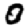
Digit: 0